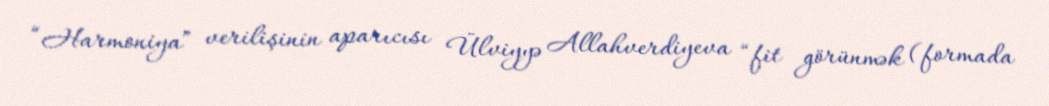
“Harmoniya” verilişinin aparıcısı Ülviyyə Allahverdiyeva “fit görünmək (formada